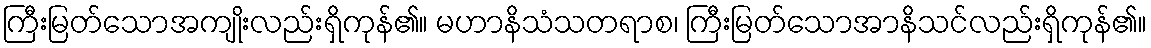
ကြီးမြတ်သောအကျိုးလည်းရှိကုန်၏။ မဟာနိသံသတရာစ၊ ကြီးမြတ်သောအာနိသင်လည်းရှိကုန်၏။